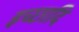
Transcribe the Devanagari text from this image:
इच्छादि